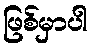
ဖြစ်မှာပါ